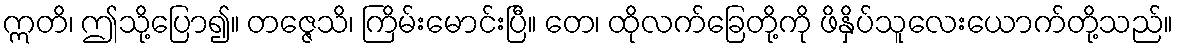
ဣတိ၊ ဤသို့ပြော၍။ တဇ္ဇေသိ၊ ကြိမ်းမောင်းပြီ။ တေ၊ ထိုလက်ခြေတို့ကို ဖိနှိပ်သူလေးယောက်တို့သည်။